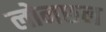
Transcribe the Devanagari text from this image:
लोनछन